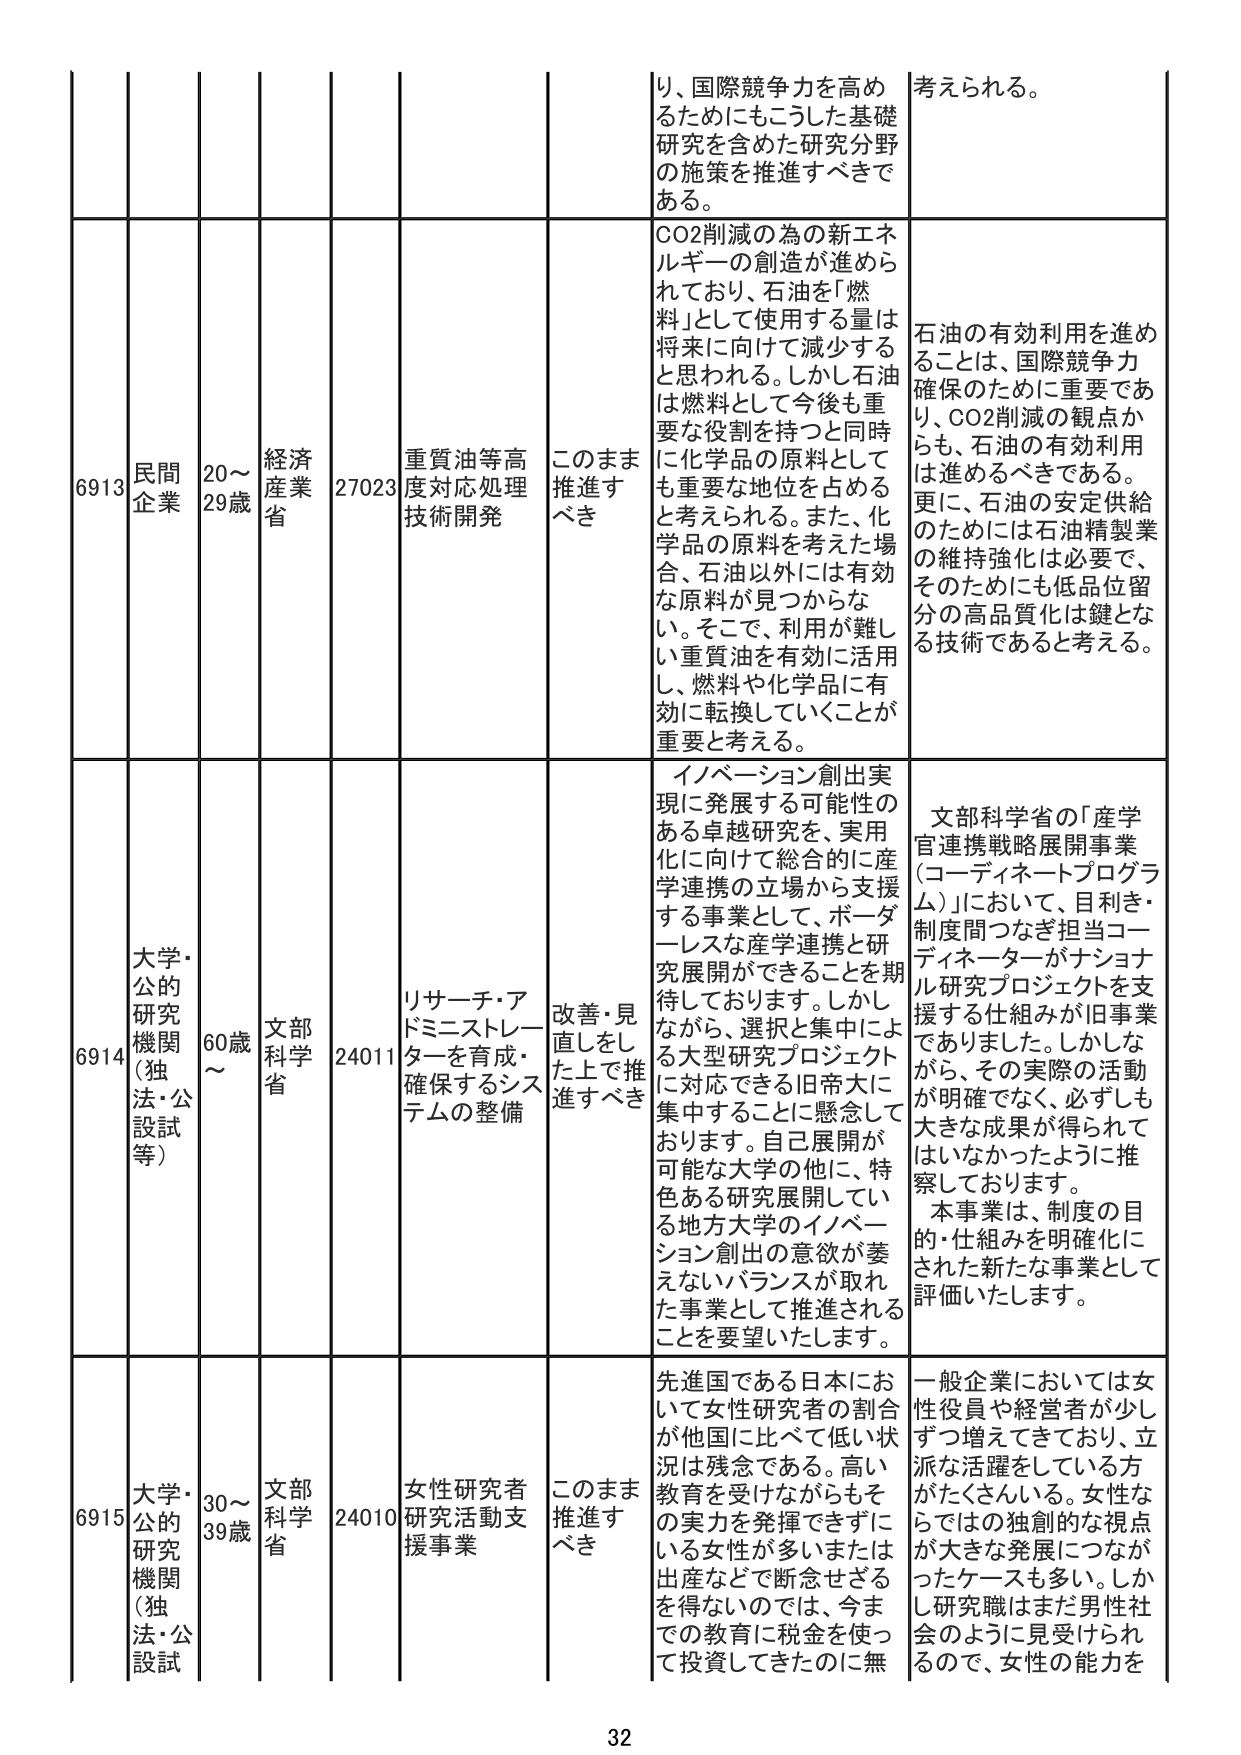
り、国際競争力を高めるためにもこうした基礎研究を含めた研究分野の施策を推進すべきである。

考えられる。

6913 民間企業 20～29歳 経済産業省 27023 重質油等高度対応処理技術開発 このまま推進すべき CO2削減の為の新エネルギーの創造が進められており、石油を「燃料」として使用する量は将来に向けて減少すると思われる。しかし石油は燃料として今後も重要な役割を持つと同時に化学品の原料としても重要な地位を占めると考えられる。また、化学品の原料を考えた場合、石油以外には有効な原料が見つからない。そこで、利用が難しい重質油を有効に活用し、燃料や化学品に有効に転換していくことが重要と考える。 石油の有効利用を進めることは、国際競争力確保のために重要であり、CO2削減の観点からも、石油の有効利用は進めるべきである。更に、石油の安定供給のためには石油精製業の維持強化は必要で、そのためにも低品位留分の高品質化は鍵となる技術であると考える。

6914 大学・公的研究機関（独法・公設試等） 60歳～ 文部科学省 24011 リサーチ・アドミニストレーターを育成・確保するシステムの整備 改善・見直しをした上で推進すべき イノベーション創出実現に発展する可能性のある卓越研究を、実用化に向けて総合的に産学連携の立場から支援する事業として、ボーダーレスな産学連携と研究展開ができることを期待しております。しかしながら、選択と集中による大型研究プロジェクトに対応できる旧帝大に集中することに懸念しております。自己展開が可能な大学の他に、特色ある研究展開している地方大学のイノベーション創出の意欲が萎えないバランスが取れた事業として推進されることを要望いたします。 文部科学省の「産学官連携戦略展開事業（コーディネートプログラム）」において、目利き・制度間つなぎ担当コーディネーターがナショナル研究プロジェクトを支援する仕組みが旧事業でありました。しかしながら、その実際の活動が明確でなく、必ずしも大きな成果が得られてはいなかったように推察しております。本事業は、制度の目的・仕組みを明確化にされた新たな事業として評価いたします。

6915 大学・公的研究機関（独法・公設試等） 30～39歳 文部科学省 24010 女性研究者研究活動支援事業 このまま推進すべき 先進国である日本において女性研究者の割合が他国に比べて低い状況は残念である。高い教育を受けながらもその実力を発揮できずにいる女性が多いまたは出産などで断念せざるを得ないのでは、今までの教育に税金を使って投資してきたのに無 一般企業においては女性役員や経営者が少しずつ増えてきており、立派な活躍をしている方がたくさんいる。女性ならではの独創的な視点が大きな発展につながったケースも多い。しかし研究職はまだ男性社会のように見受けられるので、女性の能力を

32